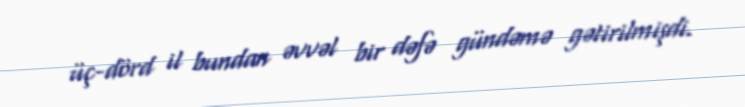
üç-dörd il bundan əvvəl bir dəfə gündəmə gətirilmişdi.